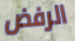
الرفض